Indian journal of veterinary science and animal husbandry - Volumes 28-29, 1958-1959
Year: 1958
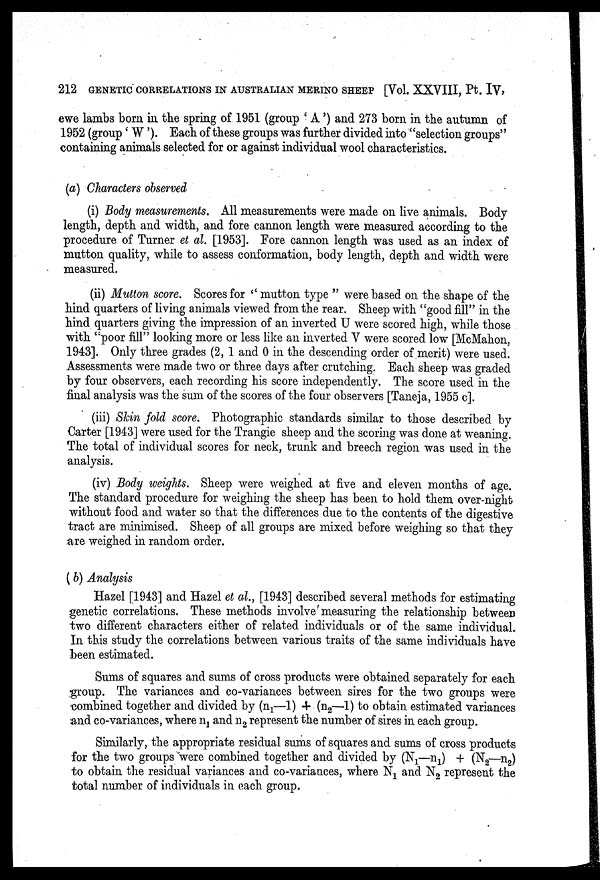
212 GENETIC CORRELATIONS IN AUSTRALIAN MERINO SHEEP [Vol. XXVIII, Pt. IV,
ewe lambs born in the spring of 1951 (group 'A') and 273 born in the autumn of
1952 (group 'W'). Each of these groups was further divided into "selection groups"
containing animals selected for or against individual wool characteristics.
(a) Characters observed
(i) Body measurements. All measurements were made on live animals. Body
length, depth and width, and fore cannon length were measured according to the
procedure of Turner et al. [1953]. Fore cannon length was used as an index of
mutton quality, while to assess conformation, body length, depth and width were
measured.
(ii) Mutton score. Scores for "mutton type" were based on the shape of the
hind quarters of living animals viewed from the rear. Sheep with "good fill" in the
hind quarters giving the impression of an inverted U were scored high, while those
with "poor fill" looking more or less like an inverted V were scored low [McMahon,
1943]. Only three grades (2, 1 and 0 in the descending order of merit) were used.
Assessments were made two or three days after crutching. Each sheep was graded
by four observers, each recording his score independently. The score used in the
final analysis was the sum of the scores of the four observers [Taneja, 1955 c].
(iii) Skin fold score. Photographic standards similar to those described by
Carter [1943] were used for the Trangie sheep and the scoring was done at weaning.
The total of individual scores for neck, trunk and breech region was used in the
analysis.
(iv) Body weights. Sheep were weighed at five and eleven months of age.
The standard procedure for weighing the sheep has been to hold them over-night
without food and water so that the differences due to the contents of the digestive
tract are minimised. Sheep of all groups are mixed before weighing so that they
are weighed in random order.
(b) Analysis
Hazel [1943] and Hazel et al., [1943] described several methods for estimating
genetic correlations. These methods involve measuring the relationship between
two different characters either of related individuals or of the same individual.
In this study the correlations between various traits of the same individuals have
been estimated.
Sums of squares and sums of cross products were obtained separately for each
group. The variances and co-variances between sires for the two groups were
combined together and divided by (n 1 —1) + (n 2 —1) to obtain estimated variances
and co-variances, where n 1 and n 2 represent the number of sires in each group.
Similarly, the appropriate residual sums of squares and sums of cross products
for the two groups were combined together and divided by (N 1 —n 1 ) + (N 2 —n 2 )
to obtain the residual variances and co-variances, where N 1 and N 2 represent the
total number of individuals in each group.